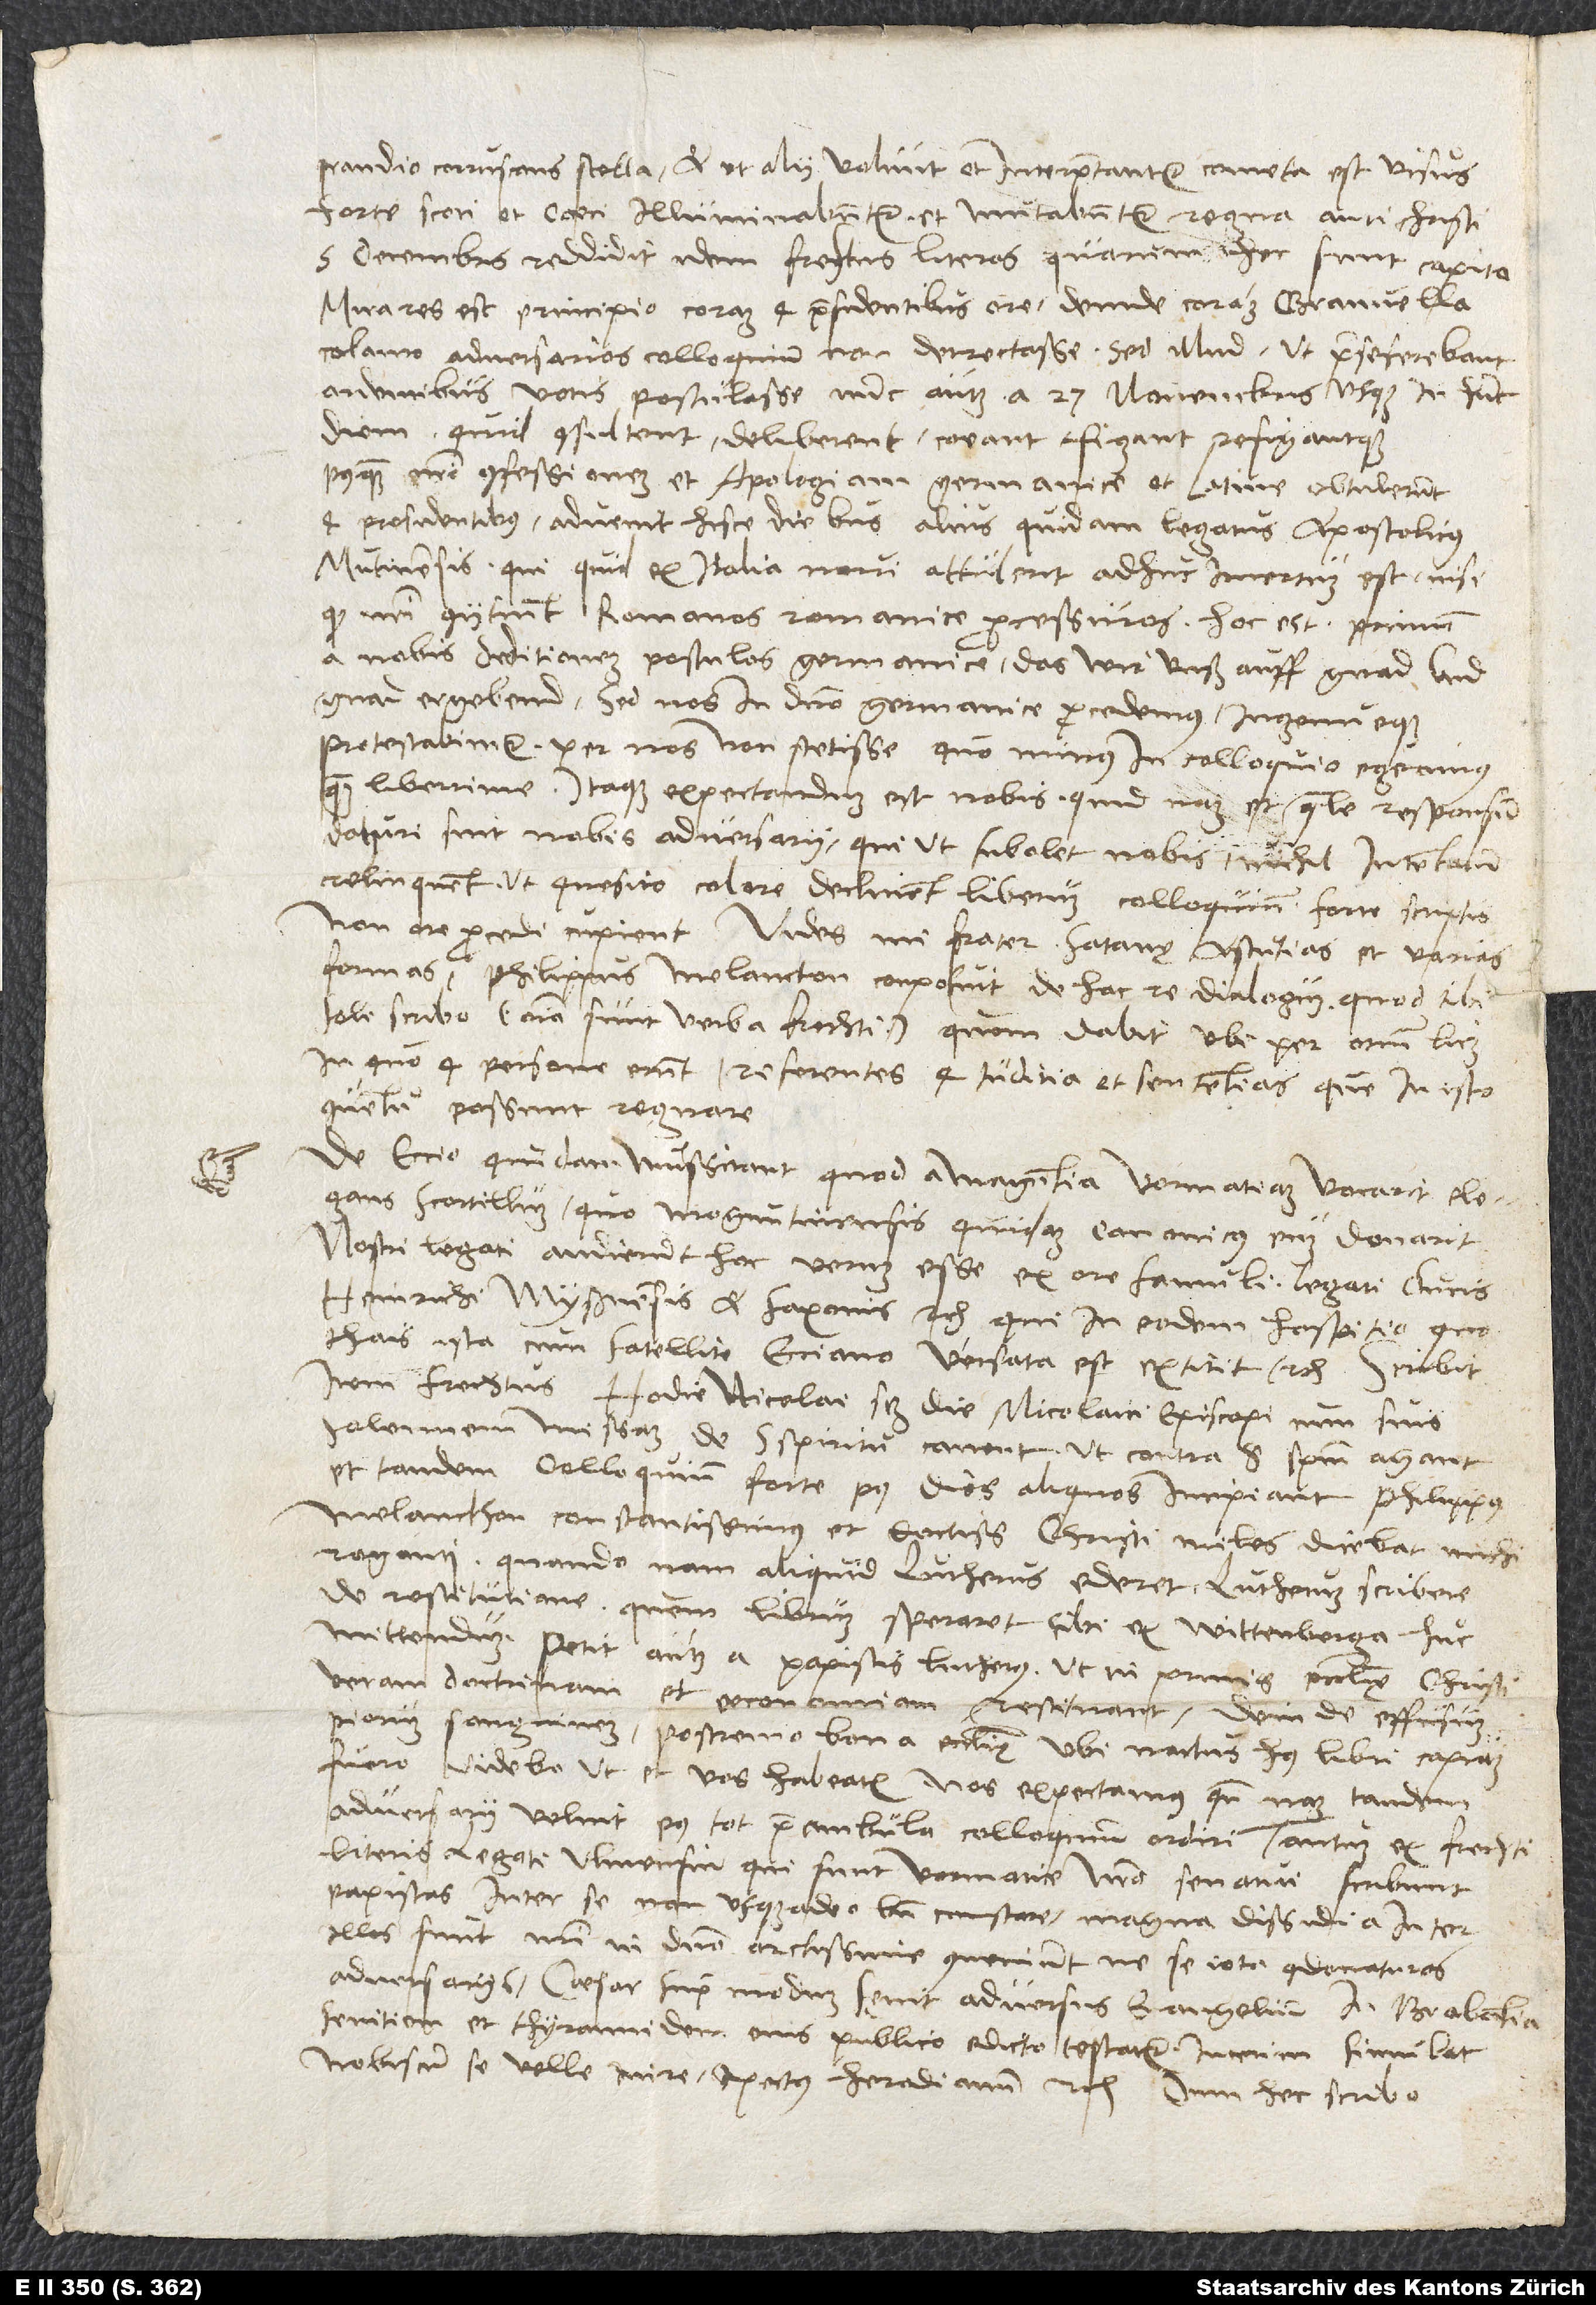
prandio coruscans stella et, ut alii volunt et interpretantur, cometa est visus;
forte scoti et caeci illuminabuntur et mutabuntur regna antichristi.“
5. decembris reddidit idem Frechtus literas, quarum hec sunt capita:
„Mira res est principio coram 4 praesidentibus ore, deinde coram Granvella
calamo adversarios colloquium non detrectasse, sed illud, ut prae se ferebant,
ardentibus votis postulasse, inde autem a 27. novembris usque in hunc
diem quid consultent, deliberent, cogant, figant refigantque,
postquam nostri confessionem et apologiam Germanice et Latine obtulerunt
4 presidentibus. Advenit hisce diebus alius quidam legatus apostolicus,
Mutinensis; qui quid ex Italia novi attulerit, adhuc incertum est, nisi
quod nostri coniitiunt Romanos Romanice processuros, hoc est primum
a nobis deditionem postulaturos, Germanice: das wir unß auff gnad und
ungnad ergebend. Sed nos in domino Germanice procedemus ingenueque
protestabimur per nos non stetisse, quo minus in colloquio egerimus
quam liberrime. Itaque expectandum est nobis, quid nam et quale responsum
daturi sint nobis adversarii, qui, ut subolet nobis, nichil intentatum
relinquent, ut quesito colore declinent liberum colloquium. Forte scriptis,
non ore procedere cupient. Vides, mi frater, satanę astutias et varias
formas. Philippus Melancton conposuit de hac re dialogum, quod tibi
soli scribo“ (omnia sunt verba Frechti), „quem dabit, ubi per otium licet,
in quo 4 persone erunt referentes 4 iudicia et sententias, que in isto
conventu possunt regnare.
De Eccio quidam mussitant, quod a Maguntia Vormatiam vocarit elegans
scortillum, quo Moguntinensis quidam canonicus eum donarit.
Nostri legati audierunt hoc verum esse ex ore famuli legati ducis
Heinrichi Myßnensis et Saxonis etc., qui in eodem hospitio, quo
Thais ista cum satellite Ecciano versata est, extitit“ etc. Scribit
item Frechtus: „Hodie, Nicolai scilicet die, Nicolaici episcopi cum suis
solennem missam de spiritu canent, ut contra sanctum spiritum agant
et tandem colloquium forte post dies aliquos incipiant. Philippus
Melancthon, constantissimus et doctissimus Christi miles, dicebat michi
roganti, quando nam aliquid Lutherus ederet, Lutherum scribere
de restitutione, quem librum speraret sibi ex Wittenberga huc
mittendum. Petit autem a papistis Lutherus, ut in primis ecclesię Christi
veram doctrinam et oeconomiam restituant, deinde effusum
piorum sanguinem, postremo bona ecclesię. Ubi nactus huius libri copiam
fuero, videbo, ut et vos habeatis. Nos expectamus, quando nam tandem
adversarii velint post tot praeambula colloquium ordiri.“ Tantum ex Frechti
literis. Legati Ulmensium, qui sunt Vormatie, nostro senatui scribunt
papistas inter se non usque adeo bene constare. Magna dissidia inter
illos sunt. Nostri in domino arctissime conveniunt ne se iota condonaturos
adversariis. Caesar supra modum sęvit adversus evangelium; in Brabantia
sevitiam et thyrannidem eius publico edicto testatur. Interim simulat
nobiscum se velle inire pectus Herodianum etc. Dum hec scribo,